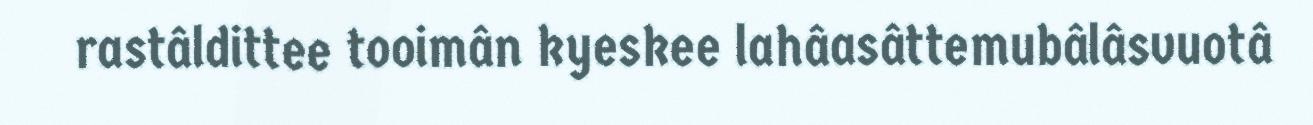
rastâldittee tooimân kyeskee lahâasâttemubâlâsvuotâ